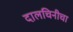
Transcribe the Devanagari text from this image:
दालचिनीचा